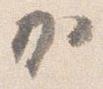
か